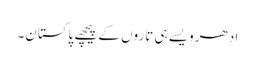
ادھر ویسے ہی تاروں کے پیچھے پاکستان۔